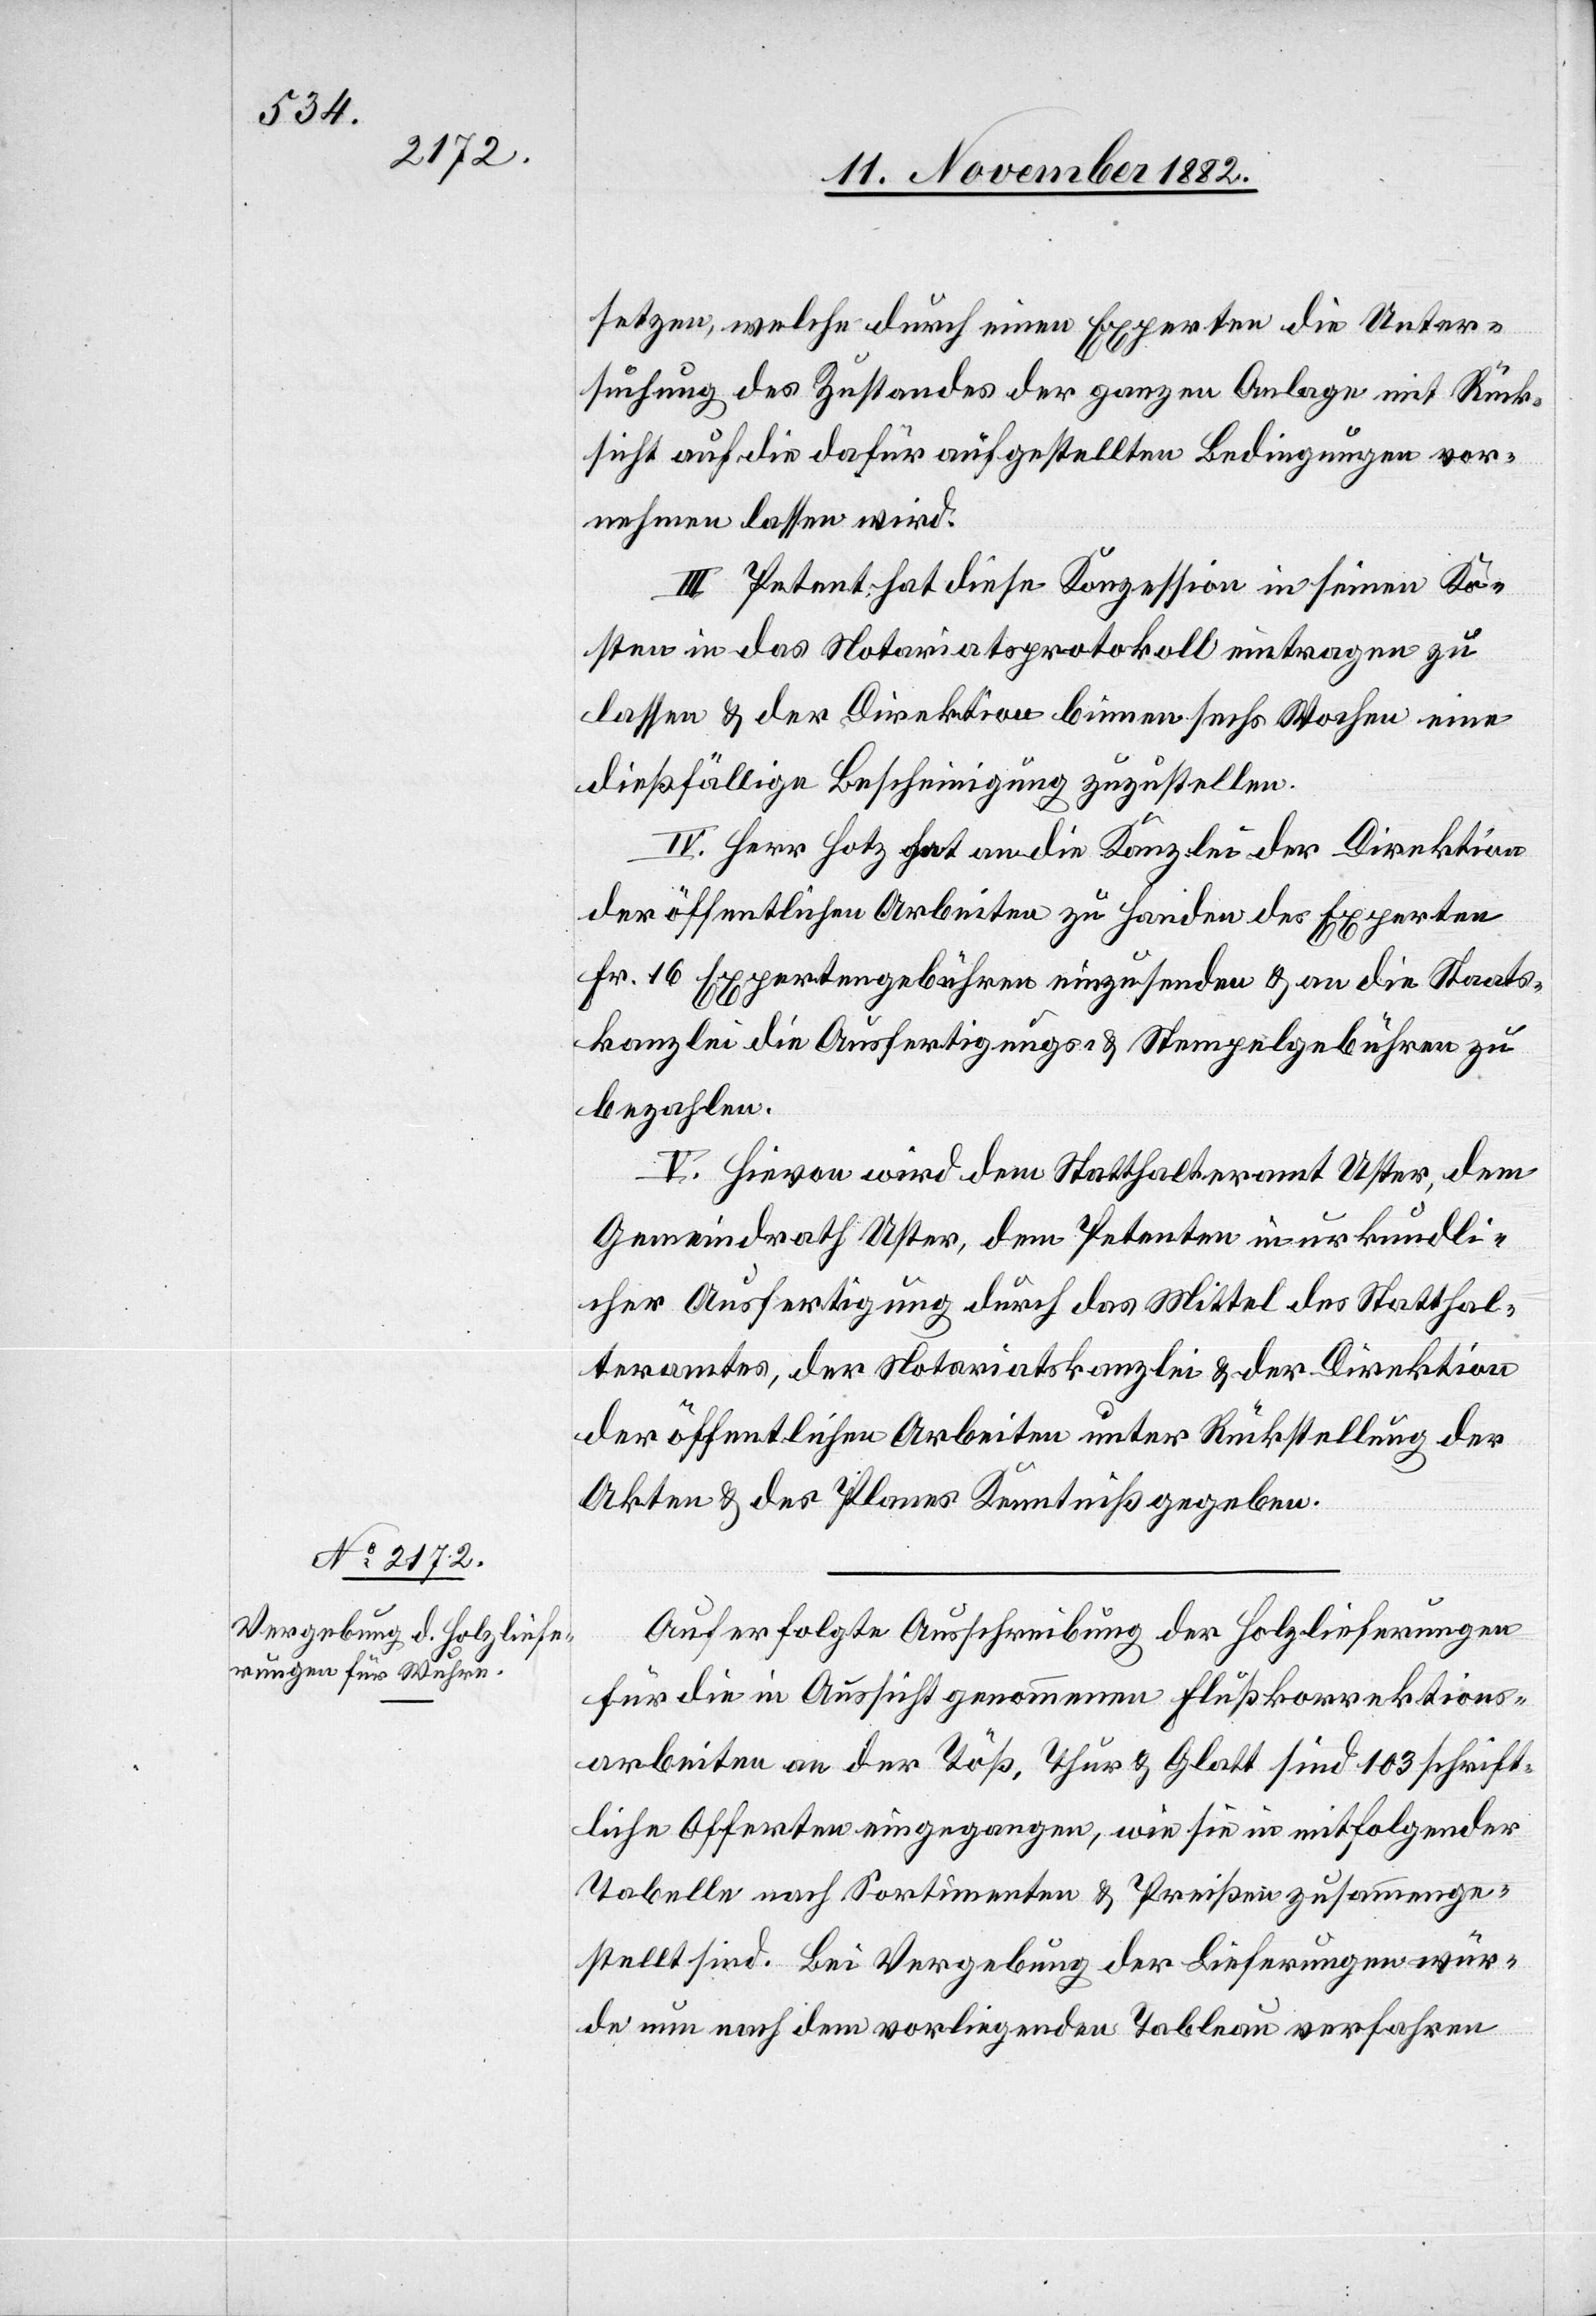
setzen, welche durch einen Experten die Unter¬
suchung des Zustandes der ganzen Anlage mit Rück¬
sicht auf die dafür aufgestellten Bedingungen vor¬
nehmen lassen wird.
III. Petent hat diese Konzession in seinen Ko¬
sten in das Notariatsprotokoll eintragen zu
lassen & der Direktion binnen sechs Wochen eine
dießfällige Bescheinigung zuzustellen.
IV. Herr Hotz hat an die Kanzlei der Direktion
der öffentlichen Arbeiten zu Handen des Experten
Fr. 16 Expertengebühren einzusenden & an die Staats¬
kanzlei die Ausfertigungs- & Stempelgebühren zu
bezahlen.
V. Hievon wird dem Statthalteramt Uster, dem
Gemeindrath Uster, dem Petenten in urkundli¬
cher Ausfertigung durch das Mittel des Statthal¬
teramtes, der Notariatskanzlei & der Direktion
der öffentlichen Arbeiten unter Rückstellung der
Akten &n des Planes Kenntniß gegeben.
Auf Erfolgte Ausschreibung der Holzlieferungen
für die in Aussicht genommenen Flußkorrektions¬
arbeiten an der Töß, Thur & Glatt sind 103 schrift¬
liche Offerten eingegangen, wie sie in mitfolgender
Tabelle nach Sortimenten & Preißen [sic!] zusammenge¬
stellt sind. Bei Vergebung der Lieferungen wür¬
de nun nach dem vorliegenden Tableau verfahren